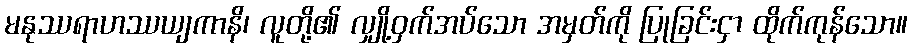
မနုဿရာဟဿယျကာနိ၊ လူတို့၏ လျှို့ဝှက်အပ်သော အမှတ်ကို ပြုခြင်းငှာ ထိုက်ကုန်သော။